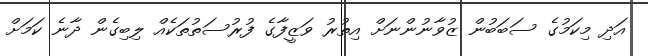
އަދި މިކަމުގެ ސަބަބުން ޒުވާނުންނަށް އިތުރު ވަޒީފާގެ ފުރުސަތުތަކެއް ލިބިގެން ދާނެ ކަމަށް